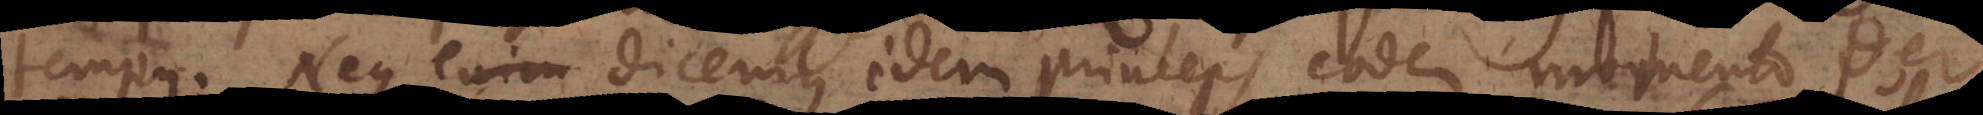
tempus. Neque enim dicemus idem princeps eodem momento per